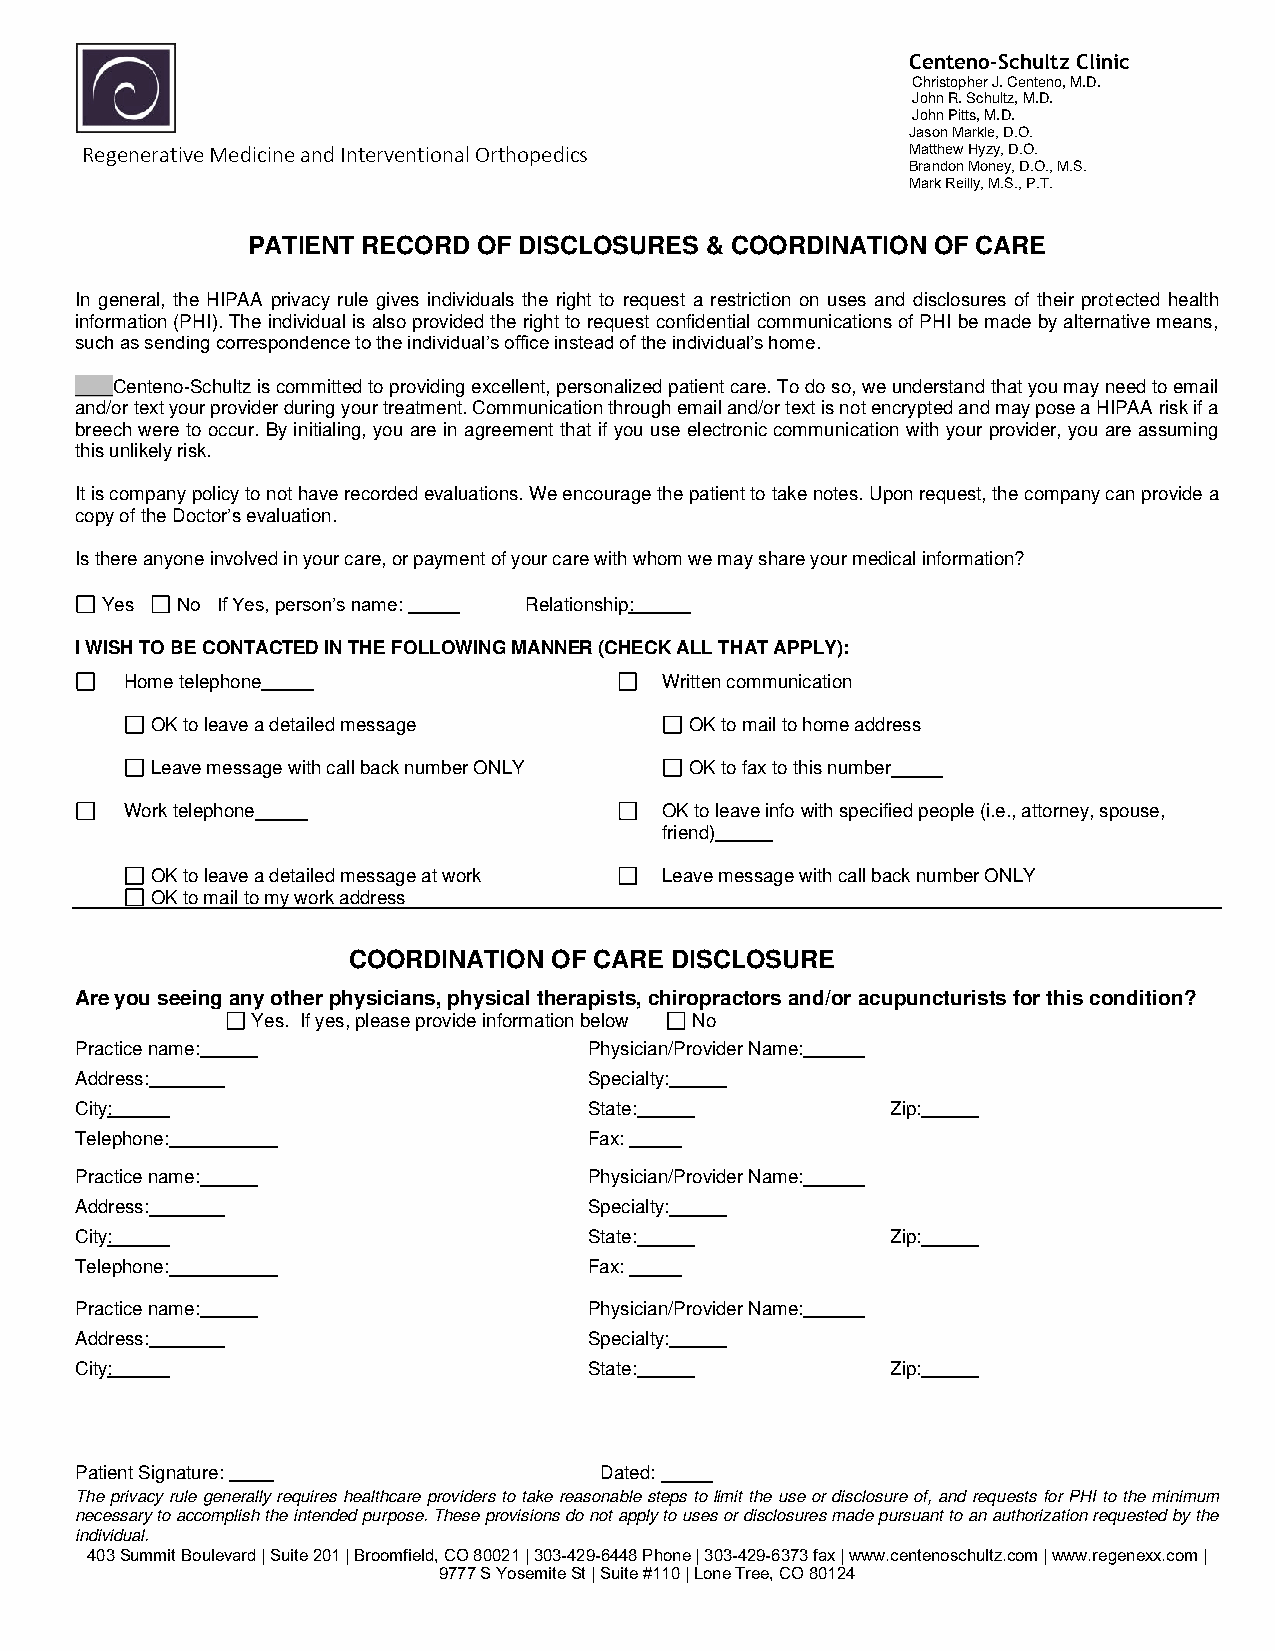
Centeno-Schultz Clinic
 Christopher J. Centeno, M.D.
 John R. Schultz, M.D.
 John Pitts, M.D.
 Jason Markle, D.O.
 Regenerative Medicine and Interventional Orthopedics   Matthew Hyzy, D.O.
 Brandon Money, D.O., M.S.
 Mark Reilly, M.S., P.T.
 PATIENT RECORD  OF DISCLOSURES & COORDINATION OF CARE
 In general, the HIPAA privacy rule gives individuals the right to request a restriction on uses and disclosures of their protected health
 information (PHI). The individual is also provided the right to request confidential communications of PHI be made by alternative means,
 such as sending correspondence to the individual’s office instead of the individual’s home.
 ____Centeno-Schultz is committed to providing excellent, personalized patient care. To do so, we understand that you may need to email
 and/or text your provider during your treatment. Communication through email and/or text is not encrypted and may pose a HIPAA risk if a
 breech were to occur. By initialing, you are in agreement that if you use electronic communication with your provider, you are assuming
 this unlikely risk.
 It is company policy to not have recorded evaluations. We encourage the patient to take notes. Upon request, the company can provide a
 copy of the Doctor’s evaluation.
 Is there anyone involved in your care, or payment of your care with whom we may share your medical information?
 Yes  No If Yes, person’s name: Relationship:
 I WISH TO BE CONTACTED IN THE FOLLOWING MANNER (CHECK ALL THAT APPLY):
 Home telephone                      Written communication
 OK to leave a detailed message      OK to mail to home address
 Leave message with call back number ONLY OK to fax to this number
 Work telephone                      OK to leave info with specified people (i.e., attorney, spouse,
 friend)
 OK to leave a detailed message at work Leave message with call back number ONLY
 OK to mail to my work address
 COORDINATION  OF CARE DISCLOSURE
 Are you seeing any other physicians, physical therapists, chiropractors and/or acupuncturists for this condition?
 Yes. If yes, please provide information below No
 Practice name:                    Physician/Provider Name:
 Address:                          Specialty:
 City:                             State:              Zip:
 Telephone:                        Fax:
 Practice name:                    Physician/Provider Name:
 Address:                          Specialty:
 City:                             State:              Zip:
 Telephone:                        Fax:
 Practice name:                    Physician/Provider Name:
 Address:                          Specialty:
 City:                             State:              Zip:
 Patient Signature:                 Dated:
 The privacy rule generally requires healthcare providers to take reasonable steps to limit the use or disclosure of, and requests for PHI to the minimum
 necessary to accomplish the intended purpose. These provisions do not apply to uses or disclosures made pursuant to an authorization requested by the
 individual.
 403 Summit Boulevard | Suite 201 | Broomfield, CO 80021 | 303-429-6448 Phone | 303-429-6373 fax | www.centenoschultz.com | www.regenexx.com |
 9777 S Yosemite St | Suite #110 | Lone Tree, CO 80124